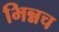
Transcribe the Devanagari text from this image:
भिन्नच